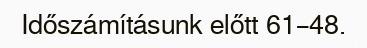
Időszámításunk előtt 61–48.